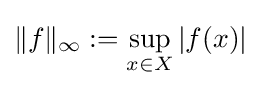
\|f\|_{\infty }:=\sup _{x\in X}|f(x)|